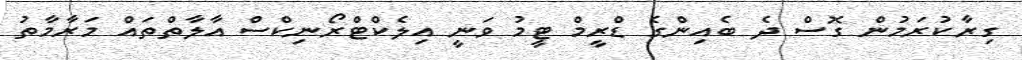
ގިރާކުރަމުން ގޮސް ދެ ބެއިންގެ ޑްރީމް ޓީމު ވަނީ އިލެކްޓްރޯނިކްސް އާލާތްތައް މަރާމާތު